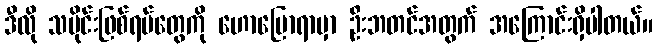
ဒီလို သမိုင်းဖြစ်ရပ်တွေကို ဟောပြောရာမှာ ဦးဘတင်အတွက် အကြောင်းရှိပါတယ်။